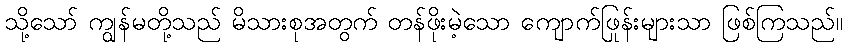
သို့သော် ကျွန်မတို့သည် မိသားစုအတွက် တန်ဖိုးမဲ့သော ကျောက်ဖြုန်းများသာ ဖြစ်ကြသည်။